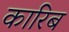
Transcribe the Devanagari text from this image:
कारिब